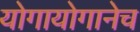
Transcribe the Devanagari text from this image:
योगायोगानेच